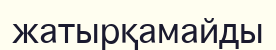
жатырқамайды